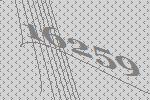
16259